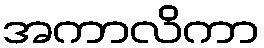
အကာလိကာ